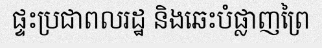
ផ្ទះប្រជាពលរដ្ឋ និងឆេះបំផ្លាញព្រៃ